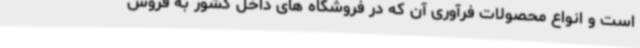
است و انواع محصولات فرآوری آن که در فروشگاه های داخل کشور به فروش